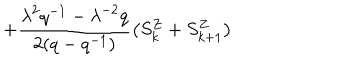
+ \frac { { \lambda } ^ { 2 } q ^ { - 1 } - { \lambda } ^ { - 2 } q } { 2 ( q - q ^ { - 1 } ) } \left( S _ { k } ^ { Z } + S _ { k + 1 } ^ { Z } \right) \,